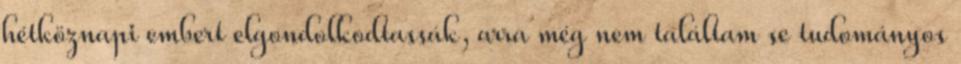
hétköznapi embert elgondolkodtassák, arra még nem találtam se tudományos